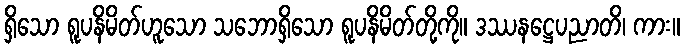
ရှိသော ရူပနိမိတ်ဟူသော သဘောရှိသော ရူပနိမိတ်တို့ကို။ ဒဿနဋ္ဌေပညာတိ၊ ကား။